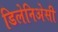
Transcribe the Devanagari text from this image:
डिलेनिअेसी